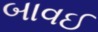
બાવઈ